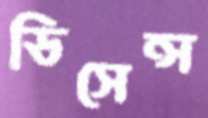
ডিসেন্স